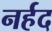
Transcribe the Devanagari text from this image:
नर्हद